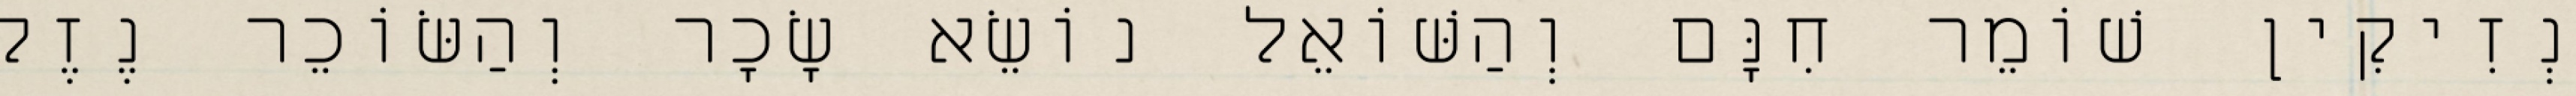
נְזִיקִין שׁוֹמֵר חִנָּם וְהַשּׁוֹאֵל נוֹשֵׂא שָׂכָר וְהַשּׂוֹכֵר נֶזֶק